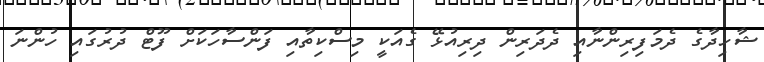
ޝާހިދާގެ ދެމަފިރިންނާއި ދެދަރިން ދިރިއުޅޭ ގެއަކީ މިސްކިތާއި ފަންސާހަކަށް ފޫޓް ދުރުގައި ހުންނަ